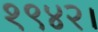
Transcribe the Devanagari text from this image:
१९४२।